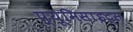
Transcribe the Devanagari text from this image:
प्यूमिसाइट्स